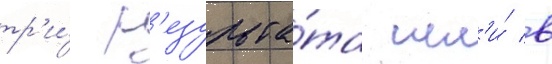
тр'и́ р'езульта́та шл'и́ в